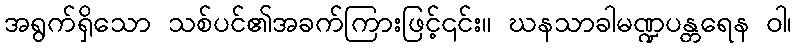
အရွက်ရှိသော သစ်ပင်၏အခက်ကြားဖြင့်၎င်း။ ဃနသာခါမဏ္ဍပန္တရေန ဝါ၊